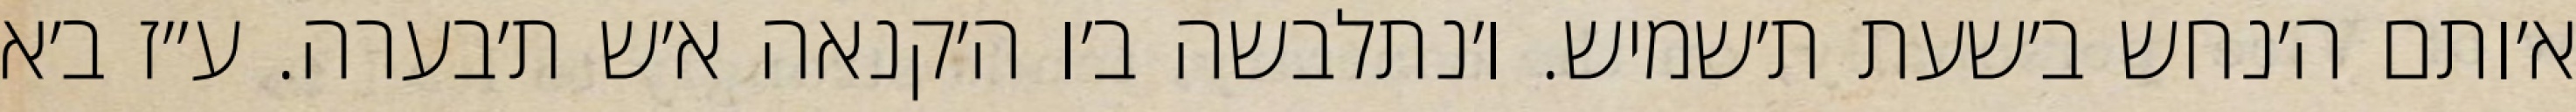
א׳ותם ה׳נחש ב׳שעת ת׳שמיש. ו׳נתלבשה ב׳ו ה׳קנאה א׳ש ת׳בערה. ע״ז ב׳א